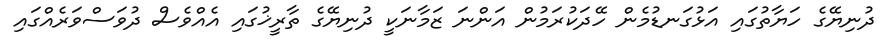
ދުނިޔޭގެ ހަޔާތުގައި އަޅުގަނޑުމެން ހޭދަކުރަމުން އަންނަ ޒަމާނަކީ ދުނިޔޭގެ ތާރީޚުގައި އެއްވެސް ދުވަސްވަރެއްގައި